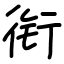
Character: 衔